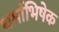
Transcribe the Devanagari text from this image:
धर्माभिषेक